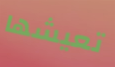
تعيشها